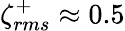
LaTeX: \zeta_{rms}^{+}\approx 0.5